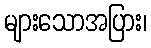
များသောအပြား၊